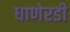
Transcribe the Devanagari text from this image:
धाणेरडी